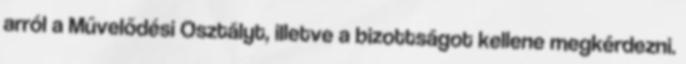
arról a Művelődési Osztályt, illetve a bizottságot kellene megkérdezni.